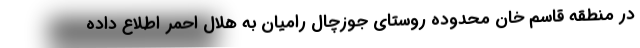
در منطقه قاسم خان محدوده روستای جوزچال رامیان به هلال احمر اطلاع داده